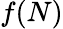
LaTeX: f(N)